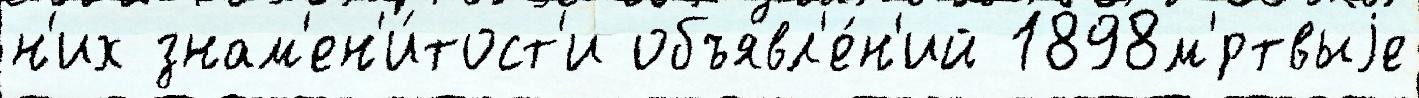
н'их знам'ен'и́тост'и объявл'е́н'ий 1898м'́ртвыjе